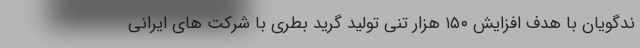
ندگویان با هدف افزایش ۱۵۰ هزار تنی تولید گرید بطری با شرکت های ایرانی